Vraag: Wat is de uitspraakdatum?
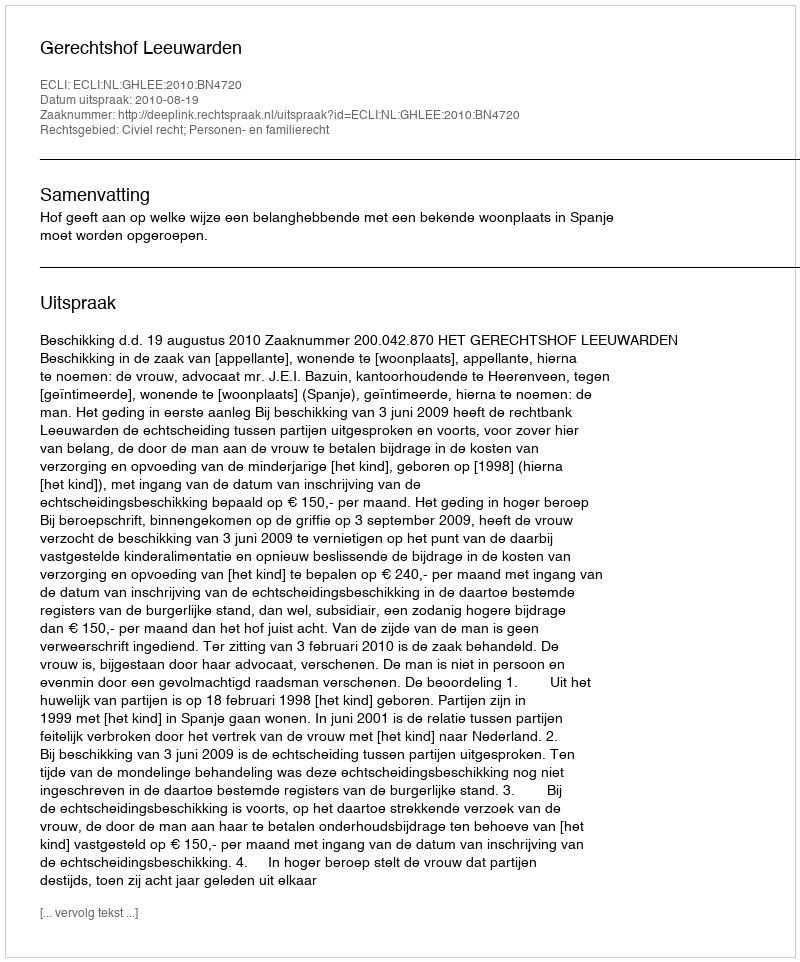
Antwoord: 2010-08-19